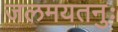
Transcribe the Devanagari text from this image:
जलमयतनुः